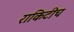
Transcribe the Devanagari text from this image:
राकिटीच